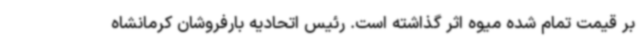
بر قیمت تمام شده میوه اثر گذاشته است. رئیس اتحادیه بارفروشان کرمانشاه